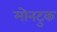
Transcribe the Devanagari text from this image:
मोनटुक